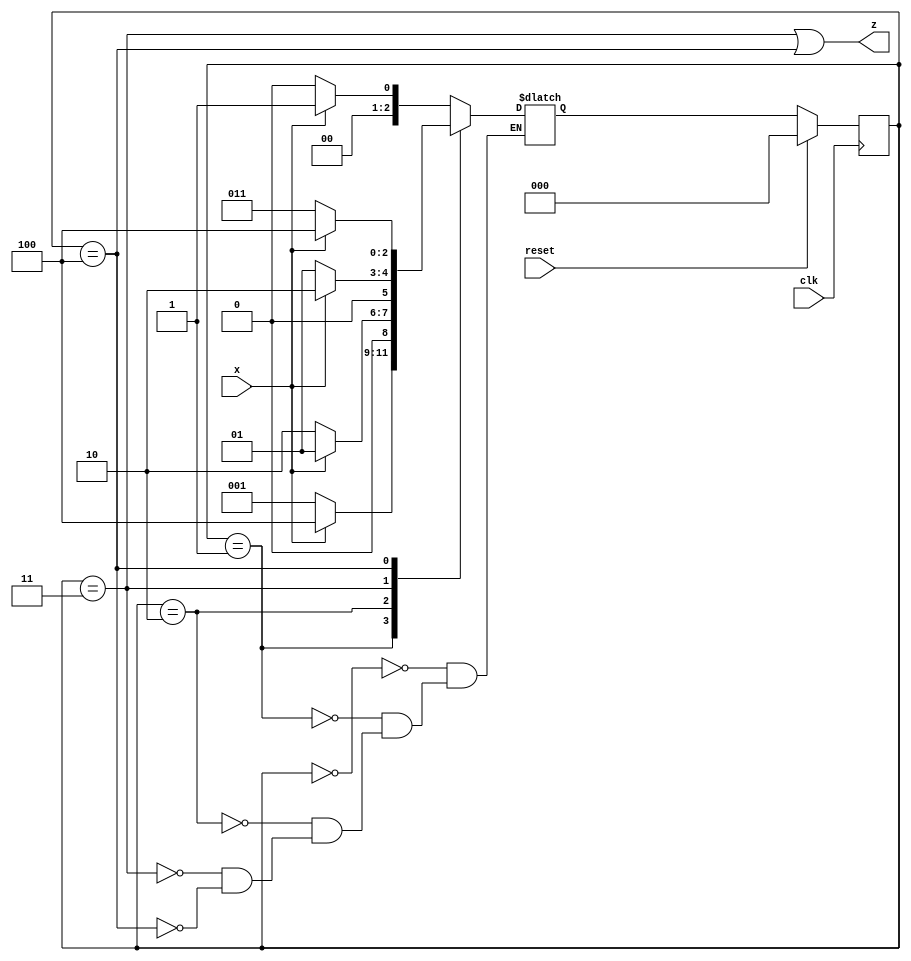
// This program was cloned from: https://github.com/matthewdelorenzo/CreativEval
// License: BSD 3-Clause "New" or "Revised" License

module top_module (
    input clk,
    input reset,   // Synchronous reset
    input x,
    output z
);

    parameter a = 0, b = 1, c = 2, d = 3, e = 4;
    reg [2:0] state, next_state;

    always @(*) begin
        case (state)
            a: next_state = x ? b : a;
            b: next_state = x ? e : b;
            c: next_state = x ? b : c;
            d: next_state = x ? c : b;
            e: next_state = x ? e : d;
        endcase
    end

    always @(posedge clk) begin
        if (reset) begin
            state <= a;
        end
        else begin
            state <= next_state;
        end
    end

    assign z = (state == d || state == e);

endmodule